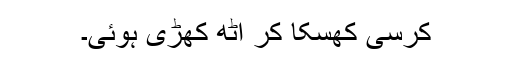
کرسی کھسکا کر اٹھ کھڑی ہوئی۔